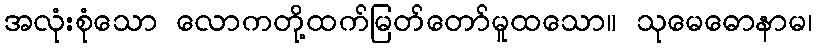
အလုံးစုံသော လောကတို့ထက်မြတ်တော်မူထသော။ သုမေဓောနာမ၊